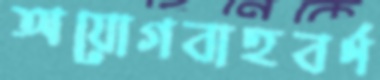
অযোগবাহবর্ণ